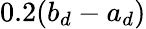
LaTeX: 0.2(b_{d}-a_{d})